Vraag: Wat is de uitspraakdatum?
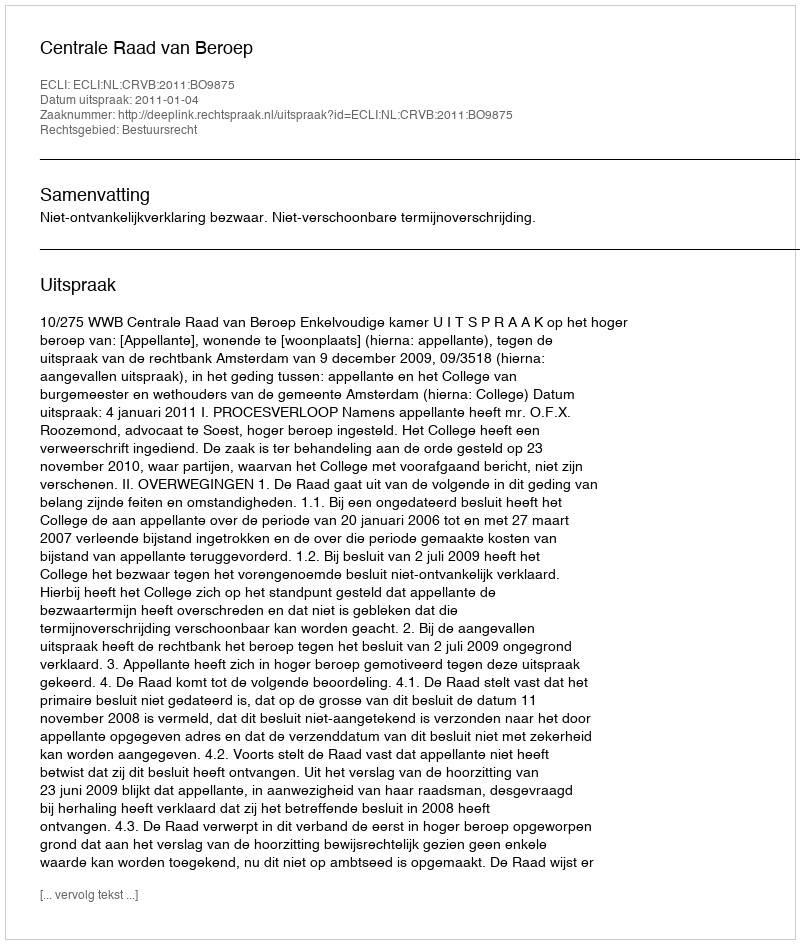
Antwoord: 2011-01-04